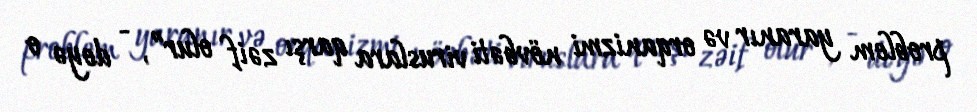
problem yaranır və orqanizmi növbəti viruslara qarşı zəif olur”, - deyə o